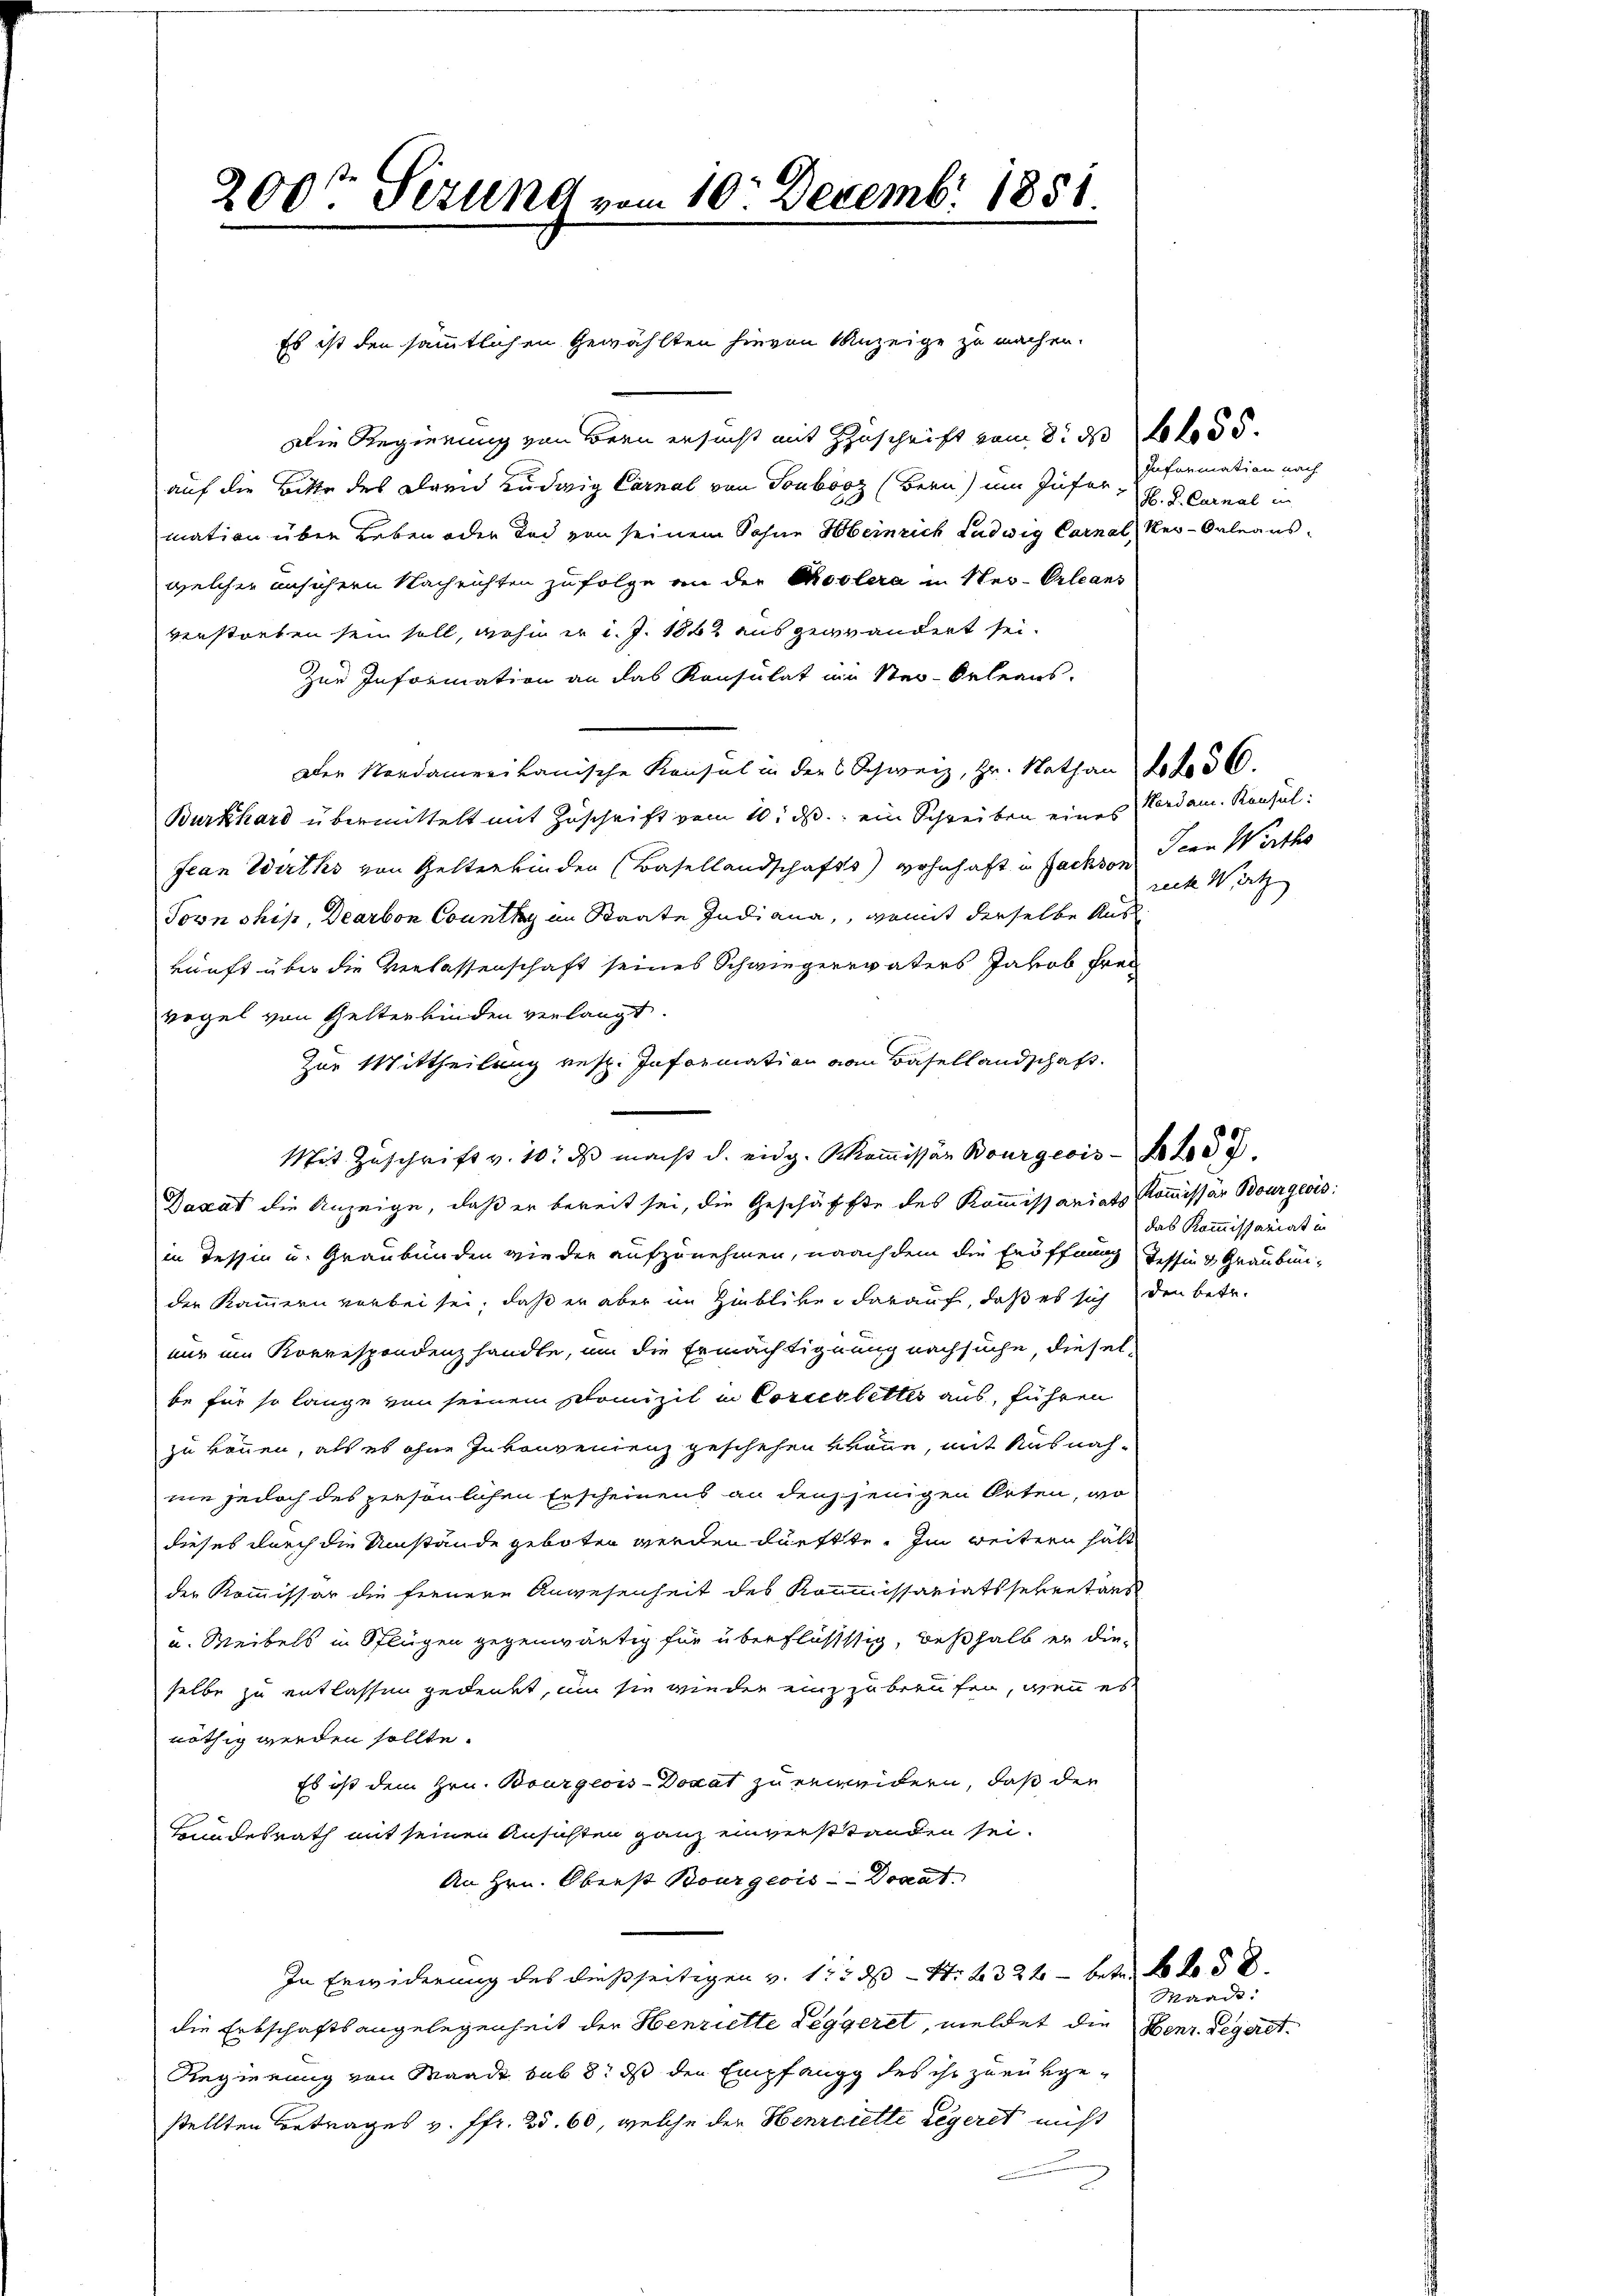
200t Sezung vom 10. Dezember 1851

Es ist den sämmtlichen Gewählten hievon Anzeige zu machen.
Die Regierung von Bern ersucht mit Zuschrift vom 8. d. 155.
auf die Bitte des Dann Ludwig Carnal von Toubooz (Bern) um Infer, H. K. Carnal in
mation über Leben oder Tod von seinem Sohne Heinrich Ludwig Carnal Rer-Orleans
welcher unsichern Nachrichten zufolge an der Coolera in Neu-Orleans
verstorben sein soll, wohn er d. J. 1862 ausgewandert sei.
Zur Information an das Konsulat in Ster-Orleans.
Der Nordamerikanische Konsul in der Schweiz, Hr. Nath an Lob 560.
Burkhard übermittelt mit Zuschrift vom 10. ds. ein Schreiben eines Verdam. Konsul
Jean Wirths von Gelterkinden (Basellandschafts wohnhaft in Fachson denn Werthe
Jovn ship, Dearbon County in Staate Indiana, womit derselbe Aus
kunft über die Verlassenschaft seines Schwiegervaters Jakob Frei
regel von Gelterkinden verlangt.
Zur Mittheilung resp. Information von Basellandschaft.
Mit Zuschrift v. 10. ds macht d. eidg. Kommissär Bourgeois le
Daxat die Anzeige, daß er bereit sei, die Geschäffte des Kommissariats-Kommissar Bourgeois
in Tessin u. Graubünden wieder aufzunehmen, nachdem die Eröffnung Tessin & Graubünder Kammern vorbei sei, daß er aber im Hinbliker darauf, daß es sich den betr.
nur ein Korrespondenzhandle, um die Ermächtignung nachsuche, dieselbe für so lange von seinem Phomizil in Corcellettes aus, führen
zu können, als es ohne Inkonvenienz geschehen könne, mit Ausnahnie jedoch des persönlichen Erscheinens an denjenigen Orten, wo
dieses durch die Umstände geboten werden dürfte. Im weitern hält
der Kommissär die freuere Anwesenheit des Kommissariatssekretärs
u. Weibels in Pflügen gegenwärtig für überflüssig, deßhalb er dieselbe zu entlassen gedenkt, um sie wieder einzubreufen, wenn es
nöthig werden sollte.
Es ist dem Hrn. Bourgeois-Dokat zu erweidern, daß der
Bundesrath mit seinen Ansichten ganz einverstanden sei.
An Hrn. Oberst Bourgeois Donat
In Erwiderung des dießseitigen v. 175 d S. 4324 - betr. 6 f 5 x
die Erbschaftsangelegenheit der Henzielte Leggeret, meldet die Henr. Segeret.
Regierung von Waadt sub 8. ds den Empfang des ihr zurükgestellten Betrages v. fr. 25. 60, welche der Henriette Legeret nicht

Information nach

recke Wirth

das Kommissariat in

Waadt: